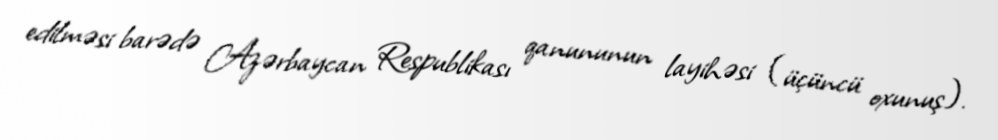
edilməsi barədə Azərbaycan Respublikası qanununun layihəsi (üçüncü oxunuş).